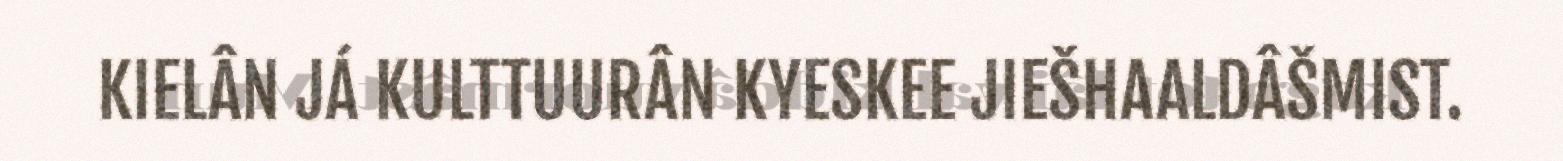
KIELÂN JÁ KULTTUURÂN KYESKEE JIEŠHAALDÂŠMIST.